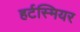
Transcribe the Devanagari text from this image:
हर्टस्मियर